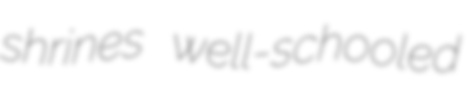
shrines well-schooled